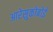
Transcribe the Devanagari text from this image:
आरेसुकोबोई